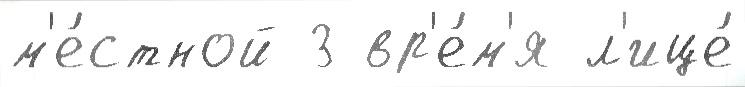
м'е́стной 3 вр'е́м'я л'ице́